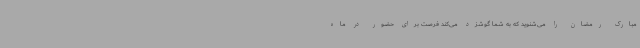
مبارک رمضان را می‌شنوید که به شما گوشزد می‌کند فرصت برای حضور در ماه